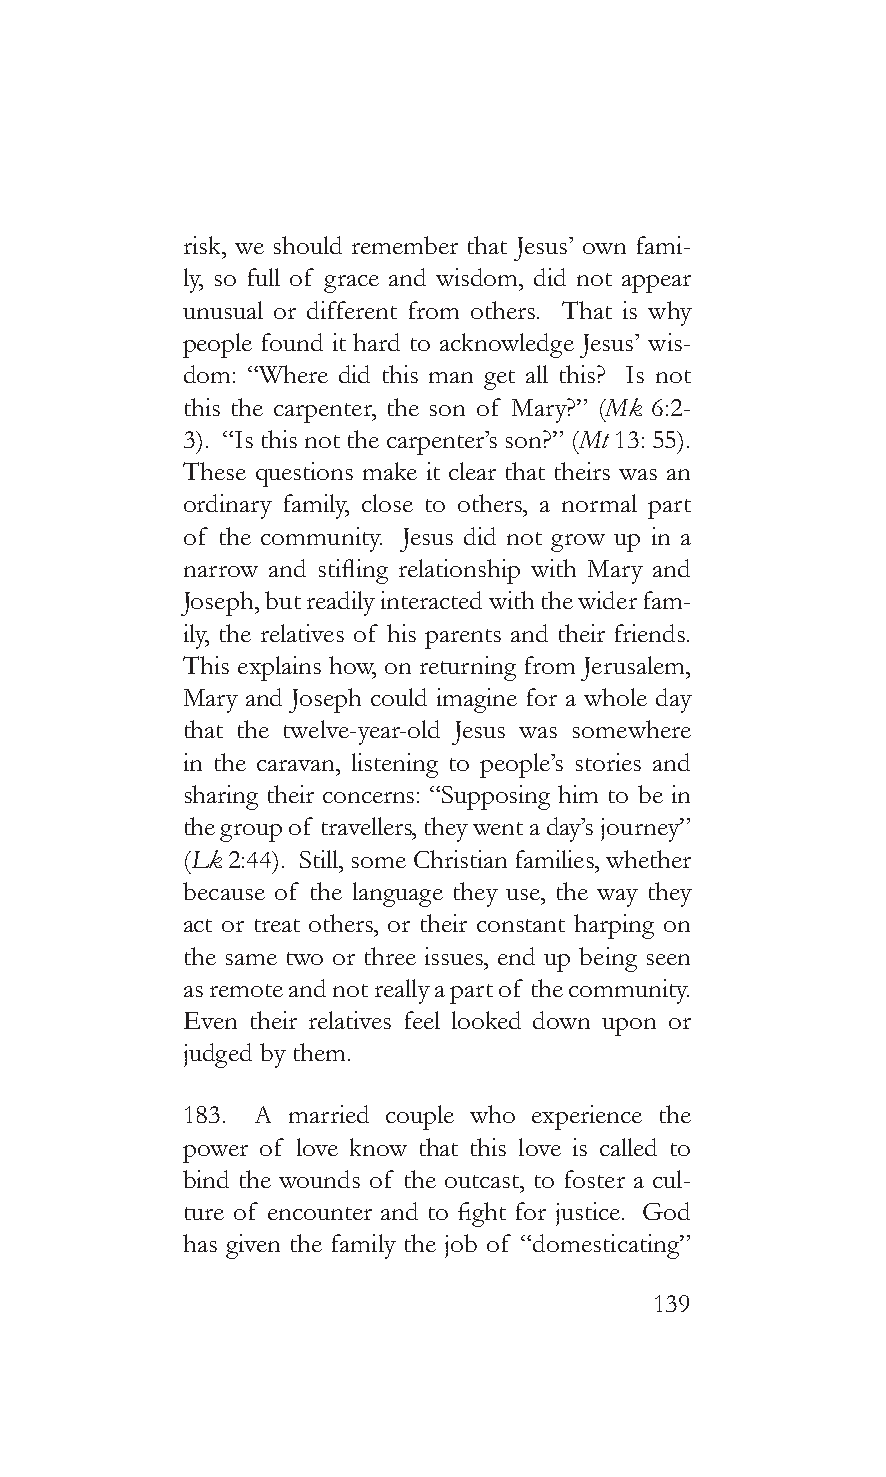
risk, we should remember that Jesus’ own fami-
 ly, so full of grace and wisdom, did not appear
 unusual or different from others. That is why
 people found it hard to acknowledge Jesus’ wis-
 dom: “Where did this man get all this? Is not
 this the carpenter, the son of Mary?” (Mk 6:2-
 3). “Is this not the carpenter’s son?” (Mt 13: 55).
 These questions make it clear that theirs was an
 ordinary family, close to others, a normal part
 of the community. Jesus did not grow up in a
 narrow and stifling relationship with Mary and
 Joseph, but readily interacted with the wider fam-
 ily, the relatives of his parents and their friends.
 This explains how, on returning from Jerusalem,
 Mary and Joseph could imagine for a whole day
 that the twelve-year-old Jesus was somewhere
 in the caravan, listening to people’s stories and
 sharing their concerns: “Supposing him to be in
 the group of travellers, they went a day’s journey”
 (Lk 2:44). Still, some Christian families, whether
 because of the language they use, the way they
 act or treat others, or their constant harping on
 the same two or three issues, end up being seen
 as remote and not really a part of the community.
 Even their relatives feel looked down upon or
 judged by them.
 183. A married couple who experience the
 power of love know that this love is called to
 bind the wounds of the outcast, to foster a cul-
 ture of encounter and to fight for justice. God
 has given the family the job of “domesticating”
 139